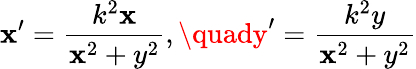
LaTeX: \mathbf{x}^{\prime}={\frac{{k^{2}\mathbf{x}}}{{\mathbf{x}^{2}+y^{2}}}},\quady^{\prime}={\frac{{k^{2}y}}{{\mathbf{x}^{2}+y^{2}}}}